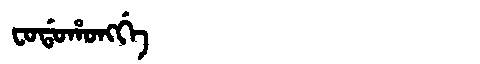
Manchu: ᠸᠣᡩᠣᡥᠣᠩᡤᡝ
Romanization: FODOHONGGE